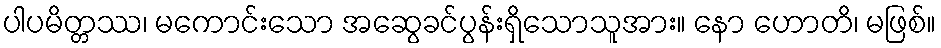
ပါပမိတ္တဿ၊ မကောင်းသော အဆွေခင်ပွန်းရှိသောသူအား။ နော ဟောတိ၊ မဖြစ်။